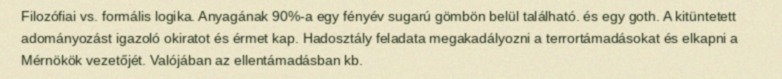
Filozófiai vs. formális logika. Anyagának 90%-a egy fényév sugarú gömbön belül található. és egy goth. A kitüntetett adományozást igazoló okiratot és érmet kap. Hadosztály feladata megakadályozni a terrortámadásokat és elkapni a Mérnökök vezetőjét. Valójában az ellentámadásban kb.